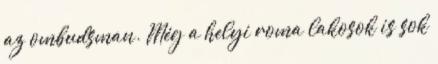
az ombudsman. Még a helyi roma lakosok is sok